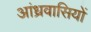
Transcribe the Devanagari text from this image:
आंध्रवासियों